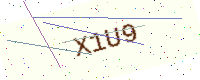
Text: X1U9